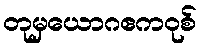
တုမှယောဂဧကဝုစ်